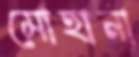
মোহানা